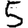
Digit: 5